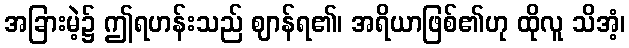
အခြားမဲ့၌ ဤရဟန်းသည် ဈာန်ရ၏၊ အရိယာဖြစ်၏ဟု ထိုလူ သိအံ့၊